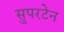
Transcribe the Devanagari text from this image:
सुपरटेन